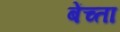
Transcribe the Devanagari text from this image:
बेंच्ता